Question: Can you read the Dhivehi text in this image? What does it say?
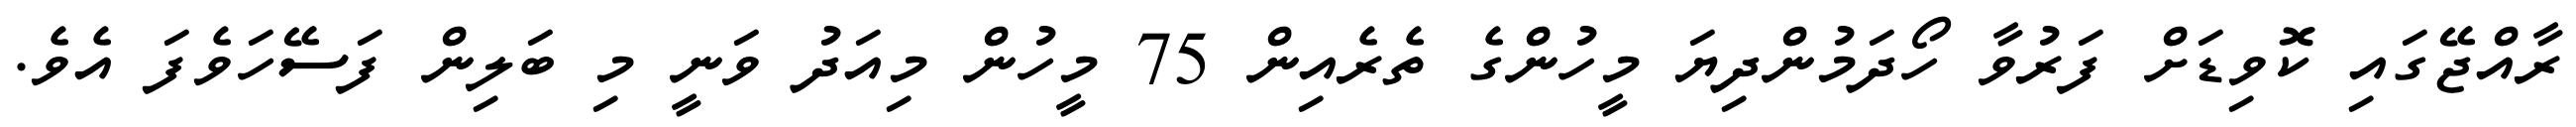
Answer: ރާއްޖޭގައި ކޮވިޑަށް ފަރުވާ ހޯދަމުންދިޔަ މީހުންގެ ތެރެއިން 75 މީހުން މިއަދު ވަނީ މި ބަލިން ފަސޭހަވެފަ އެވެ.